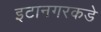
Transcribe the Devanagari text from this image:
इटानगरकडे